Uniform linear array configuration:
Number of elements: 24
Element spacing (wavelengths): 0.75
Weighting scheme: binomial
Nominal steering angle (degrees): -60
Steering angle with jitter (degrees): -58.274
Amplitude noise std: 0.05
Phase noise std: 0.05

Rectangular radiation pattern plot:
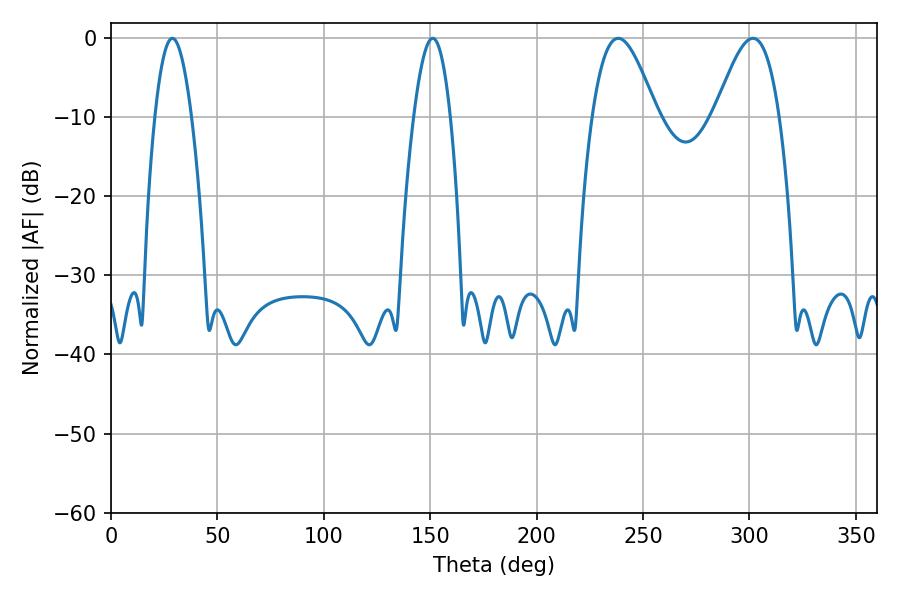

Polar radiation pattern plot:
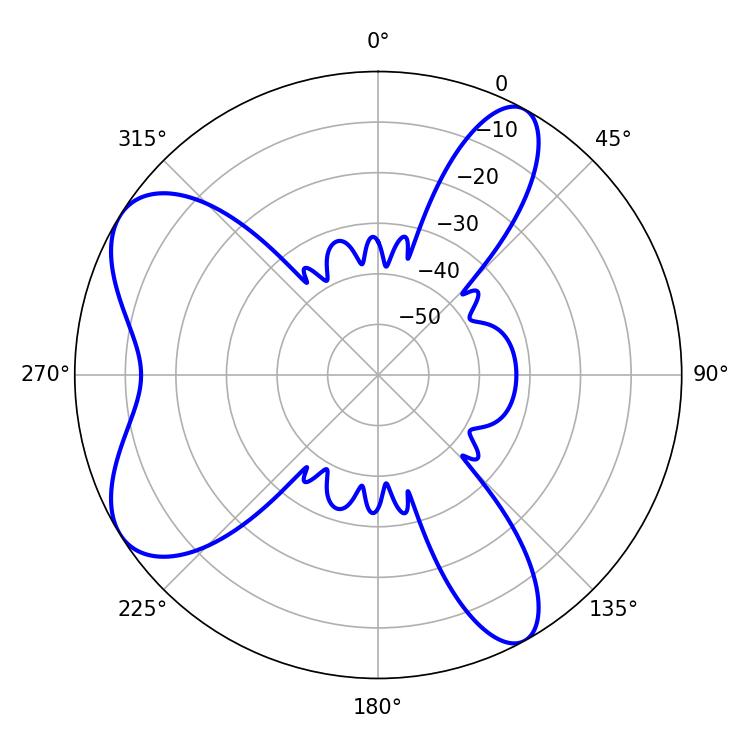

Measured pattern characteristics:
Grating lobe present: TRUE
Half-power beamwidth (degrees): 16.38
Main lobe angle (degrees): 238.32